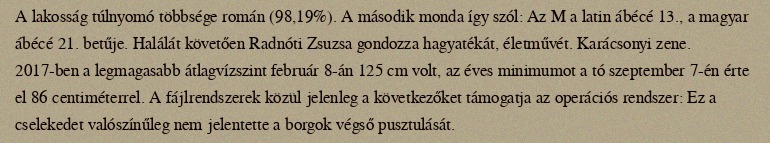
A lakosság túlnyomó többsége román (98,19%). A második monda így szól: Az M a latin ábécé 13., a magyar ábécé 21. betűje. Halálát követően Radnóti Zsuzsa gondozza hagyatékát, életművét. Karácsonyi zene. 2017-ben a legmagasabb átlagvízszint február 8-án 125 cm volt, az éves minimumot a tó szeptember 7-én érte el 86 centiméterrel. A fájlrendszerek közül jelenleg a következőket támogatja az operációs rendszer: Ez a cselekedet valószínűleg nem jelentette a borgok végső pusztulását.